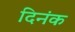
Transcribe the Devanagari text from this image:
दिनंक